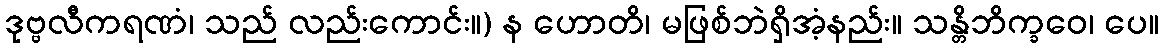
ဒုဗ္ဗလီကရဏံ၊ သည် လည်းကောင်း။) န ဟောတိ၊ မဖြစ်ဘဲရှိအံ့နည်း။ သန္တိဘိက္ခဝေ၊ ပေ။